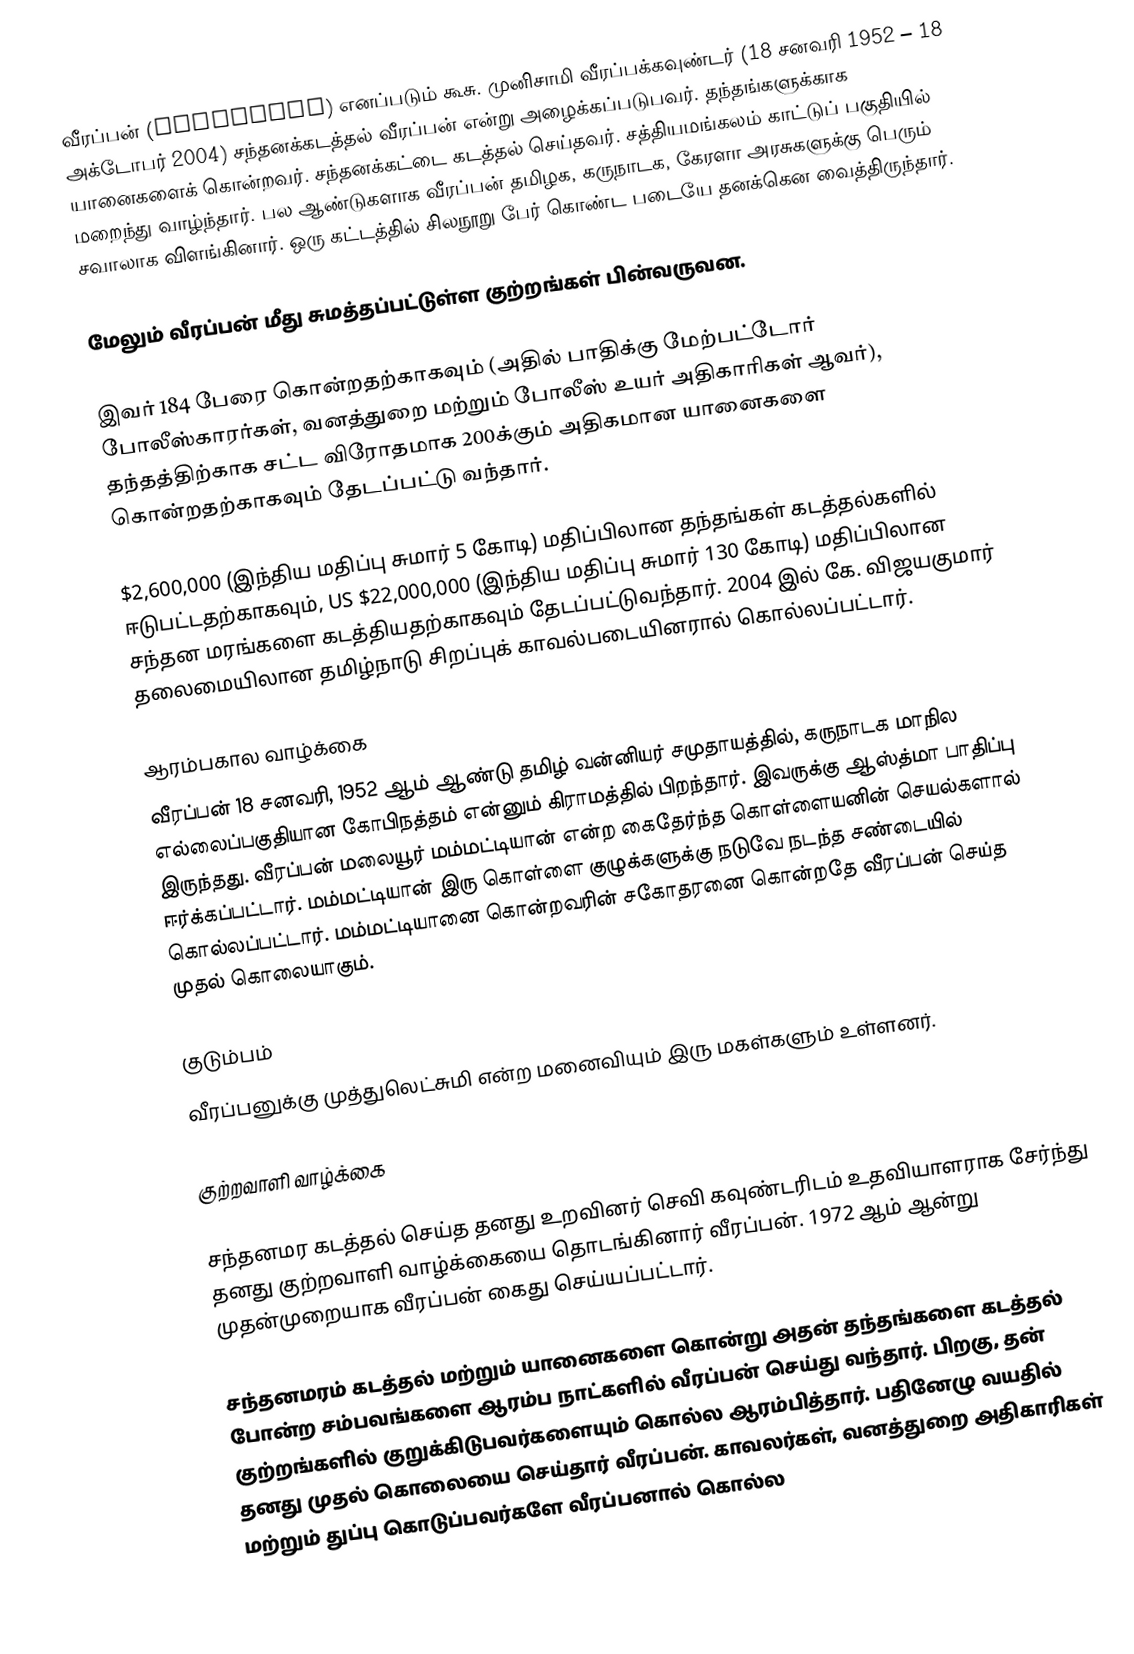
வீரப்பன்  (Veerappan) எனப்படும் கூசு. முனிசாமி வீரப்பக்கவுண்டர்  (18 சனவரி 1952 – 18 அக்டோபர் 2004) சந்தனக்கடத்தல் வீரப்பன் என்று அழைக்கப்படுபவர். தந்தங்களுக்காக யானைகளைக் கொன்றவர். சந்தனக்கட்டை கடத்தல் செய்தவர். சத்தியமங்கலம் காட்டுப் பகுதியில் மறைந்து வாழ்ந்தார். பல ஆண்டுகளாக வீரப்பன் தமிழக, கருநாடக, கேரளா அரசுகளுக்கு பெரும் சவாலாக விளங்கினார். ஒரு கட்டத்தில் சிலநூறு பேர் கொண்ட படையே தனக்கென வைத்திருந்தார்.

மேலும் வீரப்பன் மீது சுமத்தப்பட்டுள்ள குற்றங்கள் பின்வருவன.

இவர் 184 பேரை கொன்றதற்காகவும் (அதில் பாதிக்கு மேற்பட்டோர் போலீஸ்காரர்கள், வனத்துறை மற்றும் போலீஸ் உயர் அதிகாரிகள் ஆவர்), தந்தத்திற்காக சட்ட விரோதமாக 200க்கும் அதிகமான யானைகளை கொன்றதற்காகவும் தேடப்பட்டு வந்தார்.

$2,600,000 (இந்திய மதிப்பு சுமார் 5 கோடி) மதிப்பிலான  தந்தங்கள் கடத்தல்களில் ஈடுபட்டதற்காகவும், US $22,000,000 (இந்திய மதிப்பு சுமார் 130 கோடி) மதிப்பிலான சந்தன மரங்களை கடத்தியதற்காகவும் தேடப்பட்டுவந்தார். 2004 இல் கே. விஜயகுமார் தலைமையிலான தமிழ்நாடு சிறப்புக் காவல்படையினரால் கொல்லப்பட்டார்.

ஆரம்பகால வாழ்க்கை
வீரப்பன் 18 சனவரி, 1952 ஆம் ஆண்டு தமிழ் வன்னியர் சமுதாயத்தில், கருநாடக மாநில எல்லைப்பகுதியான கோபிநத்தம் என்னும் கிராமத்தில் பிறந்தார். இவருக்கு ஆஸ்த்மா பாதிப்பு இருந்தது. வீரப்பன் மலையூர் மம்மட்டியான் என்ற கைதேர்ந்த கொள்ளையனின் செயல்களால் ஈர்க்கப்பட்டார். மம்மட்டியான் இரு கொள்ளை குழுக்களுக்கு நடுவே நடந்த சண்டையில் கொல்லப்பட்டார். மம்மட்டியானை கொன்றவரின் சகோதரனை கொன்றதே வீரப்பன் செய்த முதல் கொலையாகும்.

குடும்பம்
வீரப்பனுக்கு முத்துலெட்சுமி என்ற மனைவியும் இரு மகள்களும் உள்ளனர்.

குற்றவாளி வாழ்க்கை

சந்தனமர கடத்தல் செய்த தனது உறவினர் செவி கவுண்டரிடம் உதவியாளராக சேர்ந்து தனது குற்றவாளி வாழ்க்கையை தொடங்கினார் வீரப்பன். 1972 ஆம் ஆன்று முதன்முறையாக வீரப்பன் கைது செய்யப்பட்டார்.

சந்தனமரம் கடத்தல் மற்றும் யானைகளை கொன்று அதன் தந்தங்களை கடத்தல் போன்ற சம்பவங்களை ஆரம்ப நாட்களில் வீரப்பன் செய்து வந்தார். பிறகு, தன் குற்றங்களில் குறுக்கிடுபவர்களையும் கொல்ல ஆரம்பித்தார். பதினேழு வயதில் தனது முதல் கொலையை செய்தார் வீரப்பன். காவலர்கள், வனத்துறை அதிகாரிகள் மற்றும் துப்பு கொடுப்பவர்களே வீரப்பனால் கொல்ல